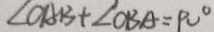
\angle O A B + \angle O B A = 9 0 ^ { \circ }